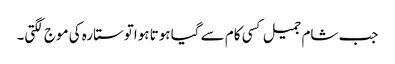
جب شام جمیل کسی کام سے گیا ہوتا ہواتوستارہ کی موج لگتی۔